Civil Veterinary Department Bihar reports 1940-50 - 1940-1950
Year: 1940
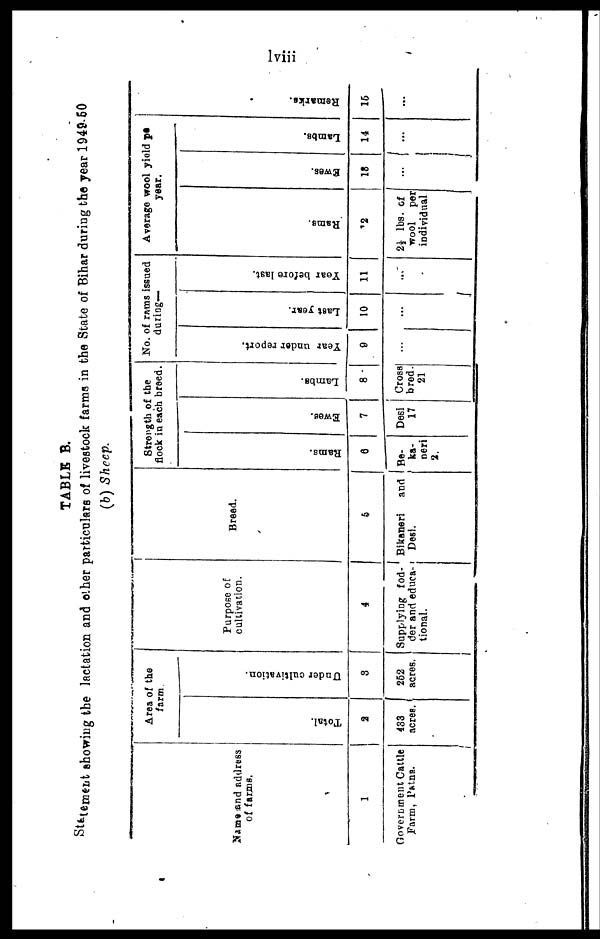
lviii
TABLE B.
Statement showing the lactation and other particulars of livestock farms in the State of Bihar during the year 1949-50
(b) Sheep.
Name and address
of farms.
1
Government Cattle
Farm, Patna.
Area of the
farm
Total.
2
433
acres.
Under cultivation.
3
262
acres.
Purpose of
cultivation.
4
Supplying fod-
der and educa-
tional.
Breed.
5
Bikaneri
and
Desi.
Strength of the
flock in each breed.
Rams.
6
Be-
ka-
neri
2.
Ewea.
7
Desi
17
Lambs.
8
Cross
bred.
21
No. of rams issued
during—
Year under report.
9
…
Last year.
10
…
Year before last.
11
…
Average wool yield pe
year.
Rams.
12
2½ lbs. of
wool
per
individual
Ewe6.
13
...
Lambs.
14
...
Re ma r
ks .
15
…